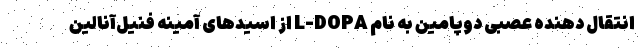
انتقال دهنده عصبی دوپامین به نام L-DOPA از اسیدهای آمینه فنیل‌آنالین